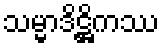
သမ္မာဒိဋ္ဌိကဿ